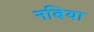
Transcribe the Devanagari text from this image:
नबिया